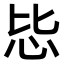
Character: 𪫠